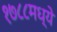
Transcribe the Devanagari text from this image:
१७८८मध्ये